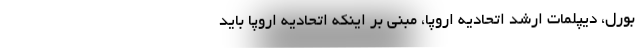
بورل، دیپلمات ارشد اتحادیه اروپا، مبنی بر اینکه اتحادیه اروپا باید